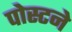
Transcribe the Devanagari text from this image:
पोस्टने